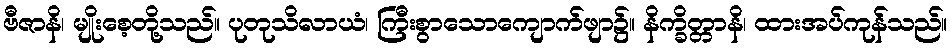
ဗီဇာနိ၊ မျိုးစေ့တို့သည်။ ပုတုသိလာယံ၊ ကြီးစွာသောကျောက်ဖျာ၌။ နိက္ခိတ္တာနိ၊ ထားအပ်ကုန်သည်။